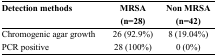
<table><thead><tr><td><b>Detection methods</b></td><td><b>MRSA (n=28)</b></td><td><b>Non MRSA (n=42)</b></td></tr></thead><tbody><tr><td>Chromogenic agar growth</td><td>26 (92.9%)</td><td>8 (19.04%)</td></tr><tr><td>PCR positive</td><td>28 (100%)</td><td>0 (0%)</td></tr></tbody></table>